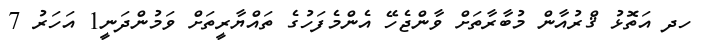
ހދ އަތޮޅު ޤްރުއާން މުބާރާތަށް ވާންޖެހޭ އެންމެފަހުގެ ތައްޔާރީތަށް ވަމުންދަނީ1 އަހަރު 7